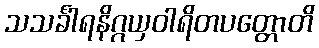
သသင်္ခါရနိဂ္ဂယှဝါရိတပတ္တောတိ